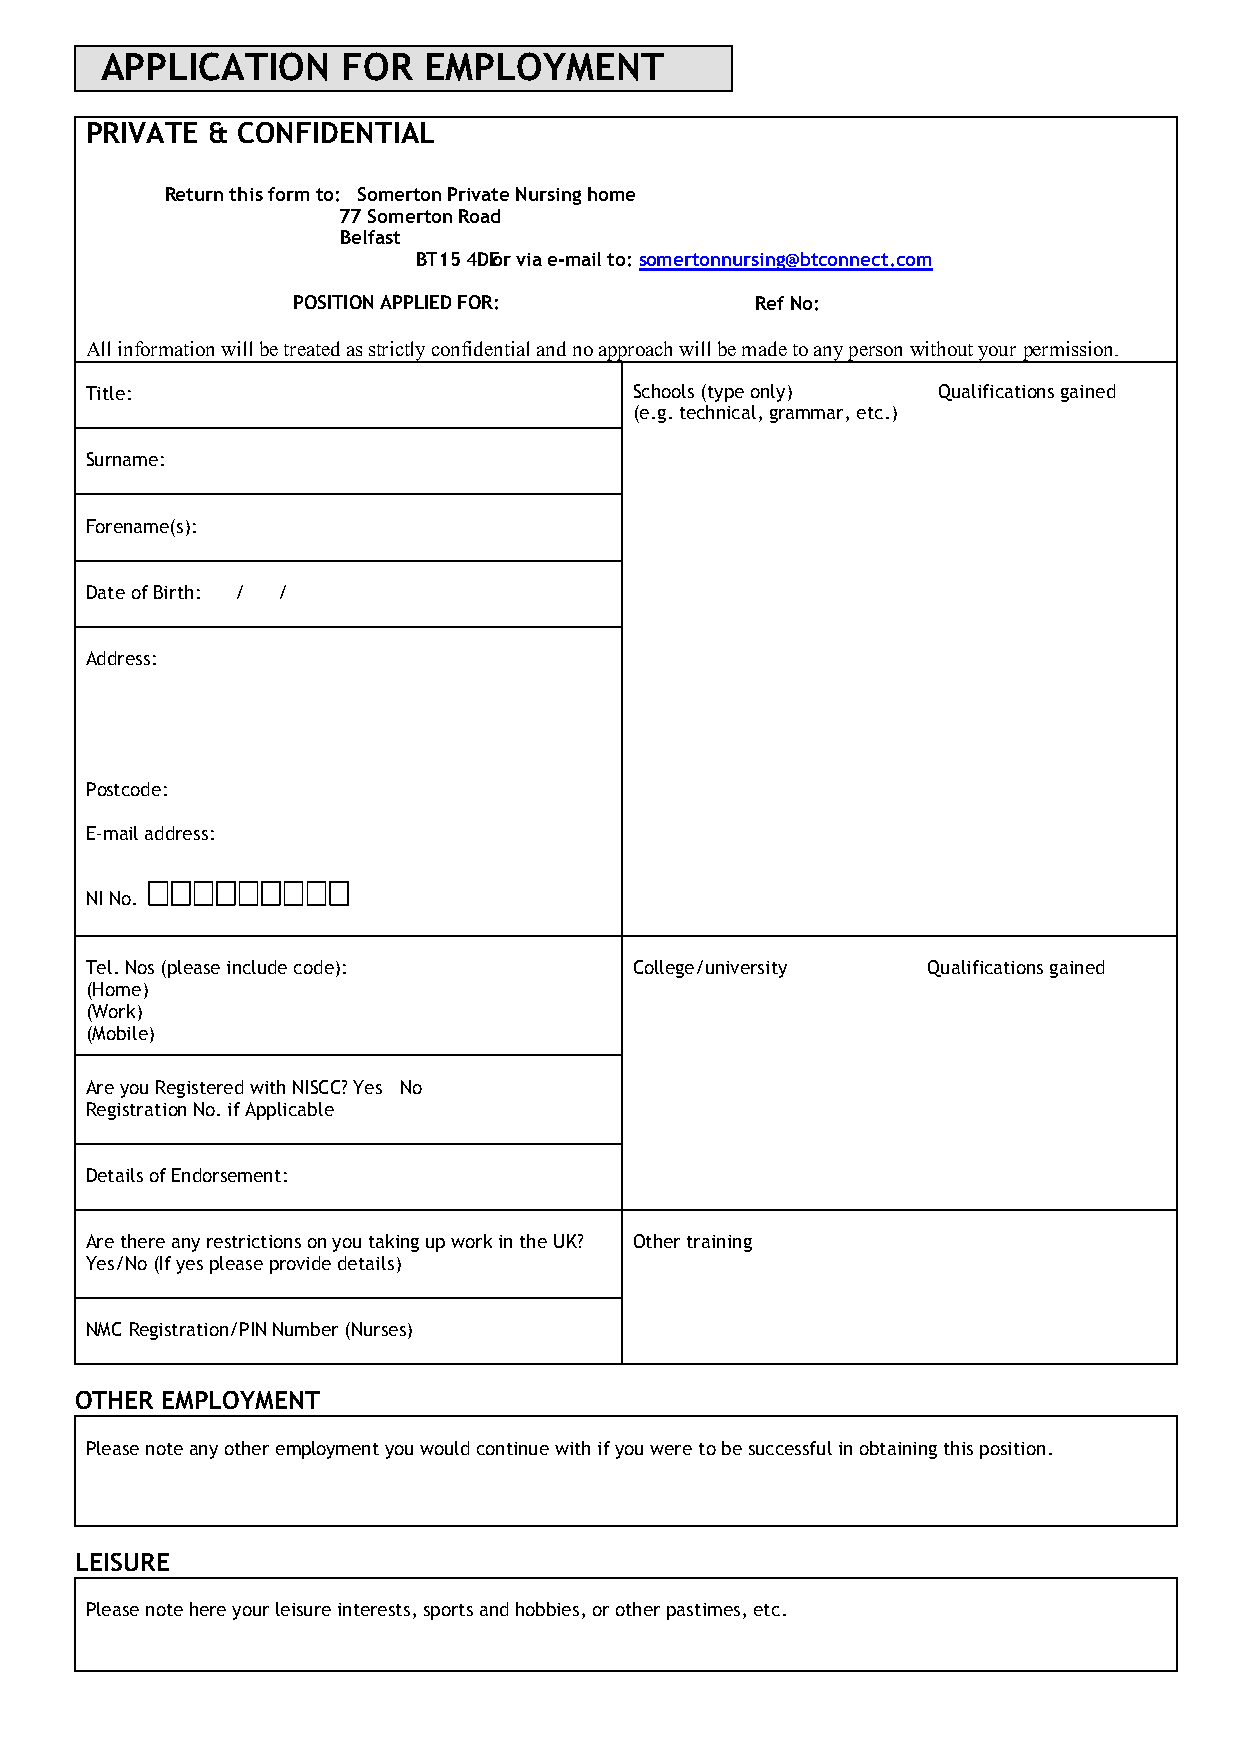
APPLICATION     FOR  EMPLOYMENT
 PRIVATE & CONFIDENTIAL
 Return this form to: Somerton Private Nursing home
 77 Somerton Road
 Belfast
 BT15 4D Eo r via e-mail to: somertonnursing@btconnect.com
 POSITION APPLIED FOR:          Ref No:
 All information will be treated as strictly confidential and no approach will be made to any person without your permission.
 Title:                              Schools (type only) Qualifications gained
 (e.g. technical, grammar, etc.)
 Surname:
 Forename(s):
 Date of Birth: / /
 Address:
 Postcode:
 E-mail address:

 NI No.
 Tel. Nos (please include code):     College/university Qualifications gained
 (Home)
 (Work)
 (Mobile)
 Are you Registered with NISCC? Yes No
 Registration No. if Applicable
 Details of Endorsement:
 Are there any restrictions on you taking up work in the UK? Other training
 Yes/No (If yes please provide details)
 NMC Registration/PIN Number (Nurses)
 OTHER EMPLOYMENT
 Please note any other employment you would continue with if you were to be successful in obtaining this position.
 LEISURE
 Please note here your leisure interests, sports and hobbies, or other pastimes, etc.